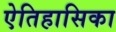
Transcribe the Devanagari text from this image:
ऐतिहासिका